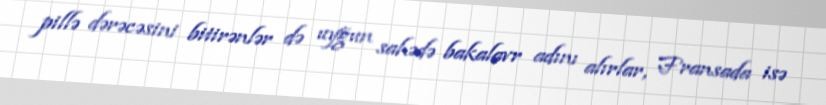
pillə dərəcəsini bitirənlər də uyğun sahədə bakalavr adını alırlar, Fransada isə